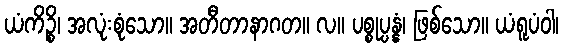
ယံကိဉ္စိ၊ အလုံးစုံသော။ အတီတာနာဂတ။ လ။ ပစ္စုပ္ပန္နံ၊ ဖြစ်သော။ ယံရူပံဝါ၊